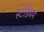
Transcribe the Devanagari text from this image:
स्‍टेडियम